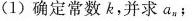
(1)确定常数k，并求a_{n]﹔